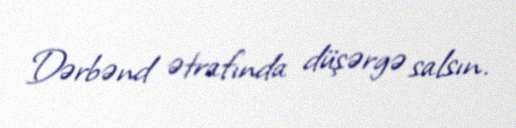
Dərbənd ətrafında düşərgə salsın.